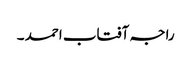
راجہ آفتاب احمد ۔